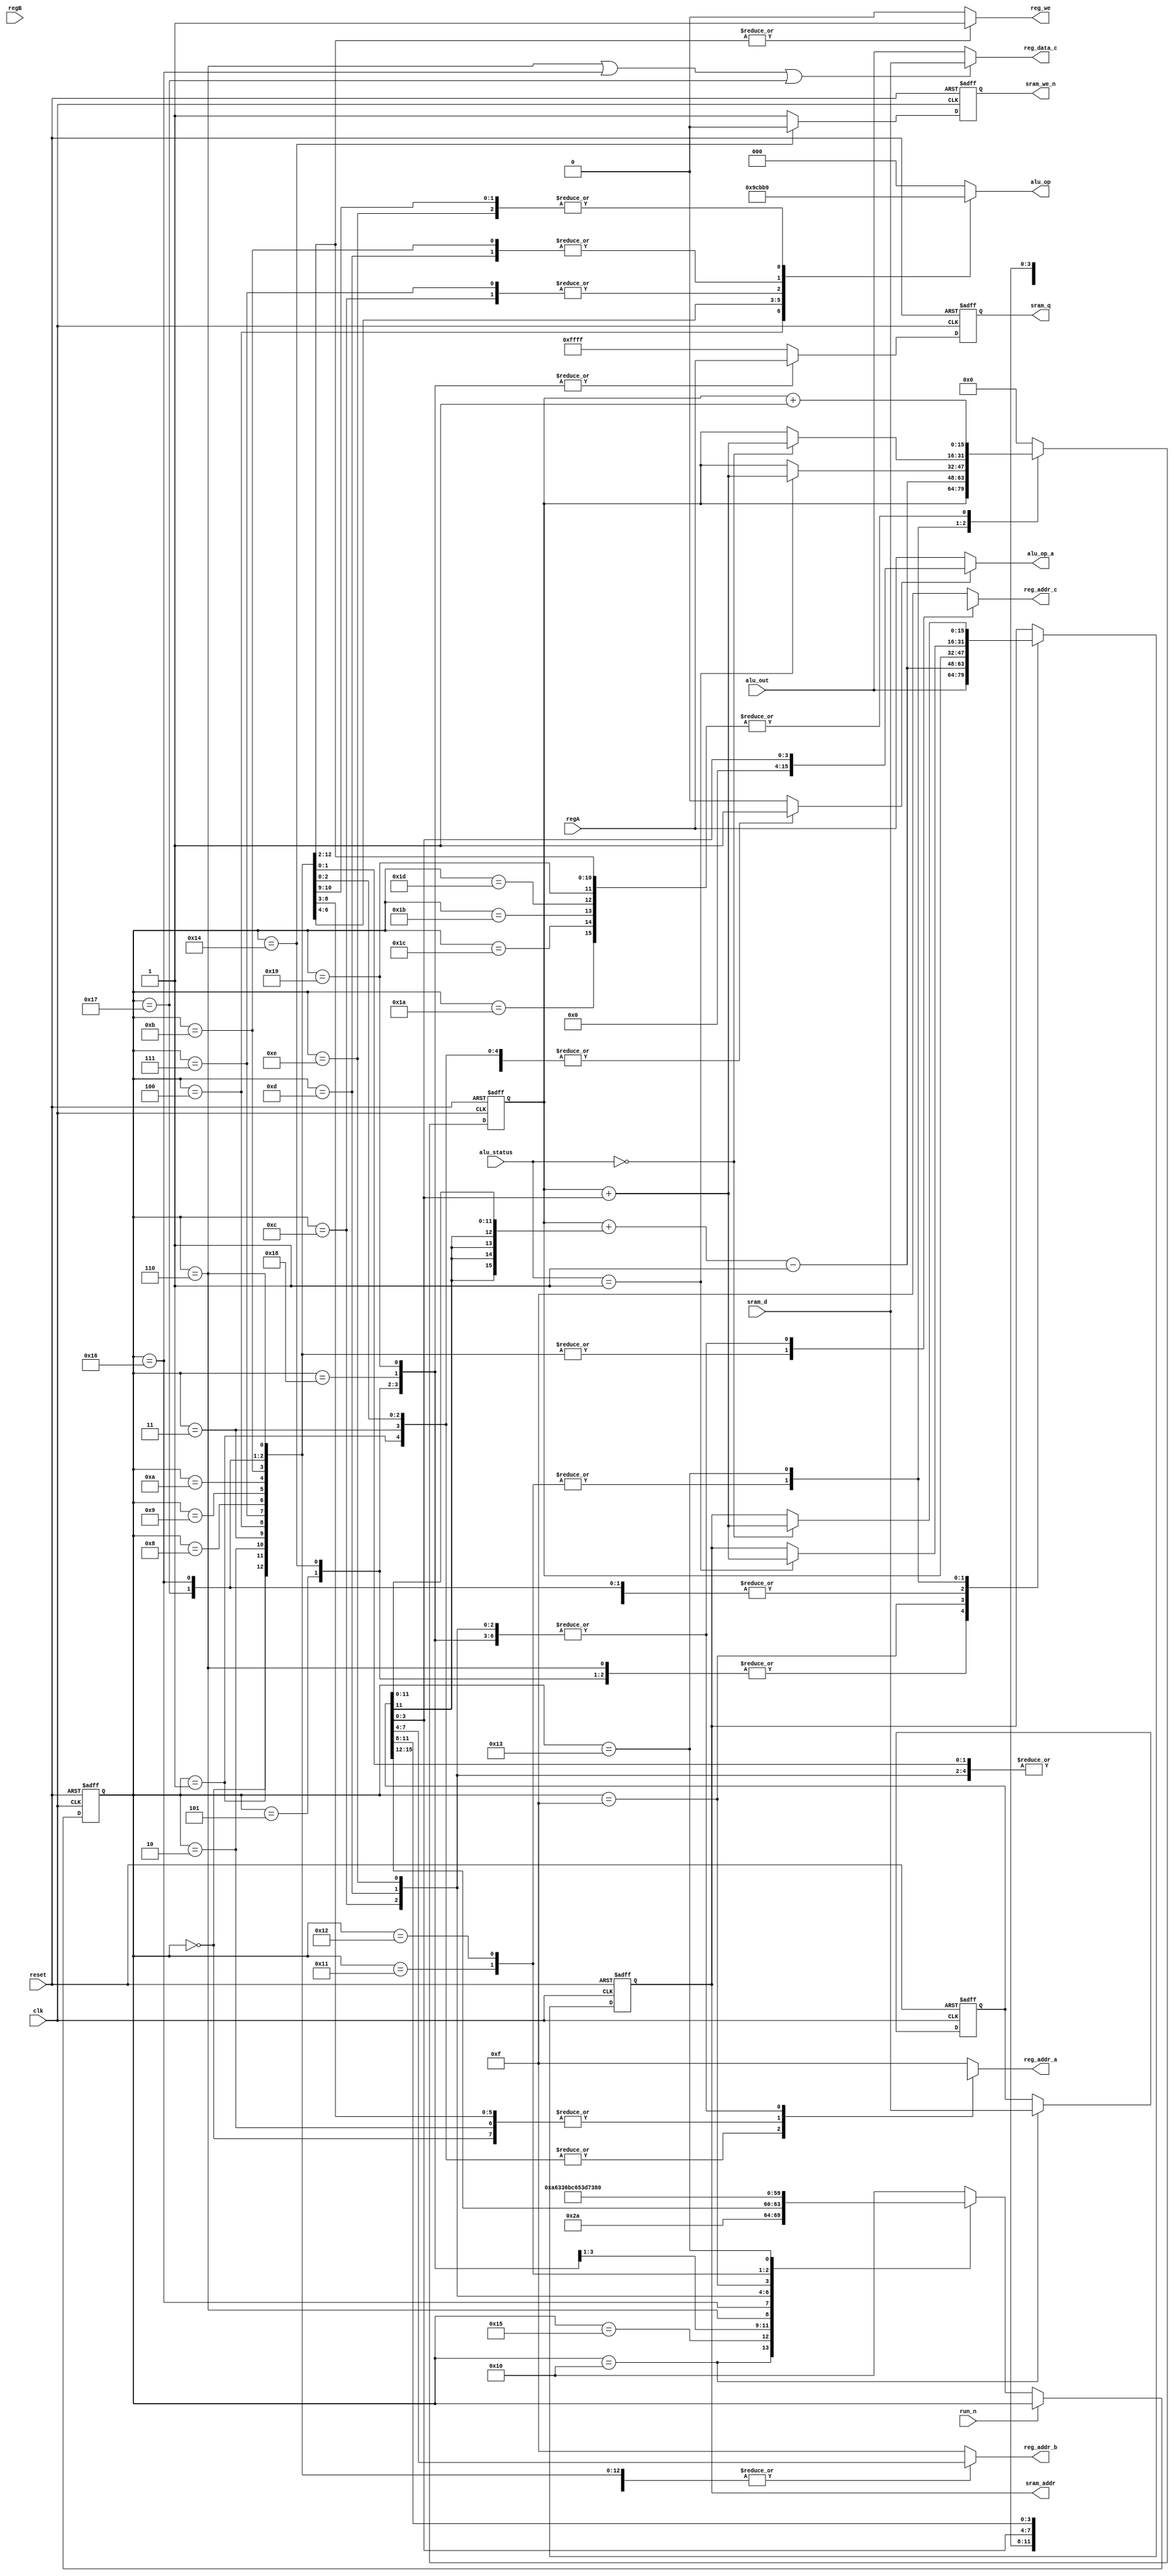
module control_fsm
(
  input	clk, reset,  run_n,
  input [15:0] sram_d, regA, regB, alu_status, alu_out,
  
  output reg sram_we_n, reg_we,
  output reg [2:0] alu_op,
  output reg [3:0] reg_addr_a, reg_addr_b, reg_addr_c,
  output [15:0] alu_op_a, reg_data_c,
  output reg [15:0] sram_addr, sram_q
  
 );
  
  // Define bit widths
  `define alu_op_size 3

//===========================================================================
// Parameter Declarations
//===========================================================================
// Declare states
parameter ADD = 5'd0;
parameter ADDI = 5'd1; 
parameter SUB = 5'd2; 
parameter SUBI = 5'd3; 
parameter MULT = 5'd4; 
parameter SW = 5'd5; 
parameter LW = 5'd6; 
parameter LT = 5'd7; 
parameter NAND = 4'd8; 
parameter DIV = 5'd9; 
parameter MOD = 5'd10; 
parameter LTE = 5'd11; 
parameter BLT = 5'd12; 
parameter BLE = 5'd13; 
parameter BEQ = 5'd14; 
parameter JUMP = 5'd15; 
parameter FETCH = 5'd16; 
parameter BLT2 = 5'd17;
parameter BLE2 = 5'd18; 
parameter BEQ2 = 5'd19; 
parameter SW2 = 5'd20;
parameter DECODE = 5'd21; 
parameter LW2 = 5'd22; 
parameter LW3 = 5'd23; 
parameter SW3 = 5'd24; 
parameter SW4 = 5'd25; 
parameter JUMP2 = 5'd26;
parameter BLE3 = 5'd27;	
parameter BLT3 = 5'd28;
parameter BEQ3 = 5'd29; 



  reg im_en;
  reg	[4:0] state;
  reg [15:0] instruction,pc, regC;

  wire ram_to_reg;
  wire [3:0] op_code, op1, op2, op3, im;
  wire [11:0] jump;
  //wire [15:0] alu_op_a;
  
  // assign the different fields of the instruction
  assign op_code = instruction[15:12];
  assign op1 = instruction[3:0];
  assign op2 = instruction[7:4];
  assign op3 = instruction[11:8];
  assign im = instruction[3:0];
  assign jump = instruction[11:0];

  assign alu_op_a = im_en ? {12'd0, im} : regA;
  assign ram_to_reg = (state == LW) | (state == LW2) | (state == LW3);
  assign reg_data_c = ram_to_reg ? sram_d : alu_out;
  
  // Determine the next state synchronously, based on the
	// current state and the input
	always @ (posedge clk or negedge reset) begin
		if (reset == 1'b0) begin
			state <= FETCH;
		end else if(!run_n)
			case (state)
        FETCH:
		      state <= DECODE;
  		  DECODE:
          state <= {1'b0, op_code};
  		  ADD:
			    state <= FETCH;	
  		  ADDI:
			    state <= FETCH;
  		  SUB:
			    state <= FETCH;	
  		  SUBI:
          state <= FETCH;					
        MULT:
          state <= FETCH;
        SW:
          state <= SW2;
        SW2:
		      state <= SW3;
  		  SW3:
		      state <= SW4;
		    SW4:
		      state <= FETCH;
        LW:
		      state <= LW2;
		    LW2:
		      state <= LW3;
		    LW3:
          state <= FETCH;
        LT:
          state <= FETCH;
        NAND:
          state <= FETCH;
        DIV:
          state <= FETCH;
        MOD:
          state <= FETCH;
        LTE:
          state <= FETCH;
        BLT:
          state <= BLT2;
        BLE:
          state <= BLE2;
        BEQ:
          state <= BEQ2;
        JUMP:
          state <= JUMP2;
		    JUMP2:
		      state <= FETCH;
        BLT2:
          state <= BLT3;
        BLT3:
          state <= FETCH;
        BLE2:
		      state <= BLE3;
		    BLE3:
          state <= FETCH;  
        BEQ2:
          state <= BEQ3;
        BEQ3:
          state <= FETCH;
        default:
          state <= FETCH;
			endcase
    end 
    
  // Determine the output based only on the current state
	// and the input (do not wait for a clock edge).
	always @ (posedge clk or negedge reset) begin
		if(reset == 1'b0) begin
			pc <= 16'h0000;
			instruction <= 16'hf000; // jump to 0
			sram_addr <= 16'h0000;
			sram_we_n <= 1'b1;
			sram_q <= 16'h0000;
	  end else begin
		case (state)
      FETCH: begin
        instruction <= sram_d;
        sram_addr <= pc;
        sram_we_n <= 1'b1;
		    pc <= pc;
		    sram_q <= 16'hffff;
		  end
		DECODE: begin
		  pc <= pc;
		  instruction <= instruction;
		  sram_we_n <= 1'b1;
		  sram_q <= 16'hffff;
		  sram_addr <= sram_addr;// infered latch
		end
		ADD: begin
      pc <= pc + 16'd1;
		  instruction <= instruction;
      sram_we_n <= 1'b1;
		  sram_q <= 16'hffff;
		  sram_addr <= sram_addr;// infered latch
		end
		ADDI: begin
      pc <= pc + 16'd1;
		  instruction <= instruction;
       sram_we_n <= 1'b1;
		  sram_q <= 16'hffff;
		  sram_addr <= sram_addr;// infered latch
		end
		SUB: begin
      pc <= pc + 16'd1;
		  instruction <= instruction;
      sram_we_n <= 1'b1;
		  sram_q <= 16'hffff;
		  sram_addr <= sram_addr;// infered latch
		end
		SUBI: begin
      pc <= pc + 16'd1;
		  instruction <= instruction;
      sram_we_n <= 1'b1;
		  sram_q <= 16'hffff;
		  sram_addr <= sram_addr;// infered latch
		end
    MULT: begin
      pc <= pc + 16'd1;
		  instruction <= instruction;
      sram_we_n <= 1'b1;
		  sram_q <= 16'hffff;
		  sram_addr <= sram_addr;// infered latch
		  end
    SW: begin
      sram_we_n <= 1'b1;// should work
      sram_q <= regA;// port A
		  sram_addr <= alu_out;
      pc <= pc;
		  instruction <= instruction;
		end
		SW2: begin
      sram_we_n <= 1'b0;
      sram_q <= regA;// port A
		  sram_addr <= alu_out;
      pc <= pc;
		  instruction <= instruction;
		end
		SW3: begin
      sram_we_n <= 1'b1;
      sram_q <= regA;// port A
		  sram_addr <= pc;// for fetch cycle
      pc <= pc;
		  instruction <= instruction;
		  end
		SW4: begin
      sram_we_n <= 1'b1;
      sram_q <= regA;// port A
		  sram_addr <= pc;// for fetch cycle
      pc <= pc + 16'd1;
		  instruction <= instruction;
		end
    LW:begin
      sram_we_n <= 1'b1;
		  sram_addr <= alu_out;
      pc <= pc;
		  instruction <= instruction;
		  sram_q <= 16'hffff;
		end
		LW2:begin
      sram_we_n <= 1'b1;
		  sram_addr <= pc;
      pc <= pc;
		  instruction <= instruction;
		  sram_q <= 16'hffff;
		end
		LW3:begin
      sram_we_n <= 1'b1;
		  sram_addr <= pc;
      pc <= pc + 16'd1;
		  instruction <= instruction;
		  sram_q <= 16'hffff;
		end
    LT: begin
      pc <= pc + 16'd1;
		  instruction <= instruction;
      sram_we_n <= 1'b1;
		  sram_q <= 16'hffff;
		  sram_addr <= sram_addr;// infered latch
		end
    NAND: begin
      pc <= pc + 16'd1;
		  instruction <= instruction;
      sram_we_n <= 1'b1;
		  sram_q <= 16'hffff;
		  sram_addr <= sram_addr;// infered latch
		  end
    DIV: begin 
      pc <= pc + 16'd1;
		  instruction <= instruction;
      sram_we_n <= 1'b1;
		  sram_q <= 16'hffff;
		  sram_addr <= sram_addr;// infered latch
		end
    MOD: begin
      pc <= pc + 16'd1;
		  instruction <= instruction;
      sram_we_n <= 1'b1;
		  sram_q <= 16'hffff;
		  sram_addr <= sram_addr;// infered latch
		end
    LTE: begin
      pc <= pc + 16'd1;
		  instruction <= instruction;
      sram_we_n <= 1'b1;
		  sram_q <= 16'hffff;
		  sram_addr <= sram_addr;// infered latch
		end
    BLT: begin
		  pc <= pc;
		  instruction <= instruction;
      sram_we_n <= 1'b1;
		  sram_q <= 16'hffff;
		  sram_addr <= sram_addr;// infered latch
		end
    BLE: begin
		  pc <= pc;
		  instruction <= instruction;
      sram_we_n <= 1'b1;
		  sram_q <= 16'hffff;
		  sram_addr <= sram_addr;// infered latch
		end
    BEQ: begin
		  pc <= pc;
		  instruction <= instruction;
      sram_we_n <= 1'b1;
		  sram_q <= 16'hffff;
		  sram_addr <= sram_addr;// infered latch
		end
    JUMP: begin
		  // move back 1 because previous instruction adds 1 to pc
		  // extend MSB beacuse jump is signed
      pc <= pc + {jump[11],jump[11],jump[11],jump[11],jump} - 16'd1;
		  instruction <= instruction;
      sram_we_n <= 1'b1;
		  sram_q <= 16'hffff;
		  // shortcut to save a clock cycle, no need to wait for pc to update
		  sram_addr <= pc + {jump[11],jump[11],jump[11],jump[11],jump}  - 16'd1;// extend MSB beacuse jump is signed
		end
    JUMP2: begin
      pc <= pc + 16'd1; 
		  instruction <= instruction;
      sram_we_n <= 1'b1;
		  sram_q <= 16'hffff;
		  // pc should be updated now
		  sram_addr <= pc;
		end
    BLT2: begin
      if(alu_status == 16'd1) begin
        pc <= pc + {12'd0, im};
        sram_addr <= pc + {12'd0, im};
      end else begin 
        pc <= pc;
        sram_addr <= sram_addr;
		  end
		  instruction <= instruction;
      sram_we_n <= 1'b1;
		  sram_q <= 16'hffff;
		end
    BLT3: begin
      // made to look like BLE3
      pc <= pc + 16'd1;
      instruction <= instruction;
      sram_we_n <= 1'b1;
      sram_q <= 16'hffff;
      sram_addr <= sram_addr;
    end
    BLE2: begin
      if(alu_status == 16'd1) begin
        pc <= pc + {12'd0, im};
		    sram_addr <= pc + {12'd0, im};
      end else begin
        pc <= pc; // + 16'd1;
        sram_addr <= sram_addr;
		  end
		  instruction <= instruction;
      sram_we_n <= 1'b1;
		  sram_q <= 16'hffff;
		end
    BLE3: begin
      pc <= pc + 16'd1;
		  instruction <= instruction;
      sram_we_n <= 1'b1;
		  sram_q <= 16'hffff;
		  sram_addr <= sram_addr;
		end
    BEQ2: begin
      if(alu_status == 16'd0) begin
        pc <= pc + {12'd0, im};
        sram_addr <= pc + {12'd0, im};
      end else begin
        pc <= pc; // + 16'd1;
        sram_addr <= sram_addr; //pc + 16'd1;
   		end
		  instruction <= instruction;
      sram_we_n <= 1'b1;
	  	sram_q <= 16'hffff;
	  end
    BEQ3: begin
      // made to look like BLE3
      pc <= pc + 16'd1;
      instruction <= instruction;
      sram_we_n <= 1'b1;
      sram_q <= 16'hffff;
      sram_addr <= sram_addr;
    end
    default: begin
      pc <= 16'd0; // reset program
		  instruction <= instruction;
      sram_we_n <= 1'b1;
		  sram_q <= 16'hffff;
		  sram_addr <= sram_addr;// infered latch
		end
		endcase
  end
end

always@(*) begin
	case (state)
    FETCH: begin
		  reg_addr_a = 4'hf;
      reg_addr_b = 4'hf;
      reg_addr_c = 4'hf;
		  reg_we = 1'b0;
		  alu_op = `alu_op_size'h0;
      im_en = 1'b0;
    end
		DECODE: begin
		  reg_addr_a = 4'hf;
      reg_addr_b = 4'hf;
      reg_addr_c = 4'hf;
		  reg_we = 1'b0;
		  alu_op = `alu_op_size'h0;
      im_en = 1'b0;
		end
		ADD: begin
		  reg_addr_a = op1;
      reg_addr_b = op2;
      reg_addr_c = op3;
      reg_we = 1'b1;
		  alu_op = `alu_op_size'h0;
      im_en = 1'b0;
		end
		ADDI: begin
      reg_addr_a = 4'hx; // dont care
      reg_addr_b = op2;
      reg_addr_c = op3;
      reg_we = 1'b1;
		  alu_op = `alu_op_size'h0;
      im_en = 1'b1;
		end
		SUB: begin
		  reg_addr_a = op1;
      reg_addr_b = op2;
      reg_addr_c = op3;
      reg_we = 1'b1;
		  alu_op = `alu_op_size'h1;
      im_en = 1'b0;
		end
		SUBI: begin
		  reg_addr_a = 4'hx; // dont care
      reg_addr_b = op2;
      reg_addr_c = op3;
      reg_we = 1'b1;
		  alu_op = `alu_op_size'h1;
      im_en = 1'b1;
		end
    MULT: begin
		  reg_addr_a = op1;
      reg_addr_b = op2;
      reg_addr_c = op3;
      reg_we = 1'b1;
		  alu_op = `alu_op_size'h2;
      im_en = 1'b0;
		end
    SW: begin
		  reg_addr_a = op3; // output the data, will not go throguh alu because of immed field
      reg_addr_b = op2; // op2 is the pointer
      reg_addr_c = 4'hx; // dont care
      reg_we = 1'b0;
      alu_op = `alu_op_size'h0;
      im_en = 1'b1;
		end
		SW2: begin
		  reg_addr_a = op3; // output the data, will not go throguh alu because of immed field
      reg_addr_b = op2; // op2 is the pointer
      reg_addr_c = 4'hx; // dont care
      reg_we = 1'b0;
      alu_op = `alu_op_size'h0;
      im_en = 1'b1;
      reg_we = 1'b0;
		end
		SW3: begin
		  reg_addr_a = op3; // output the data, will not go throguh alu because of immed field
      reg_addr_b = op2; // op2 is the pointer
      reg_addr_c = 4'hx; // dont care
      reg_we = 1'b0;
      alu_op = `alu_op_size'h0;
      im_en = 1'b1;
      reg_we = 1'b0;
		end
		SW4: begin
		  reg_addr_a = op3; // output the data, will not go throguh alu because of immed field
      reg_addr_b = op2; // op2 is the pointer
      reg_addr_c = 4'hx; // dont care
      reg_we = 1'b0;
      alu_op = `alu_op_size'h0;
      im_en = 1'b1;
      reg_we = 1'b0;
		end
    LW:begin
		  reg_addr_a = 4'hx; // dont care, the immed field is used
      reg_addr_b = op2; // op2 is the pointer
      reg_addr_c = op3; // op3 is the register addr to load into
      alu_op = `alu_op_size'h0;
      im_en = 1'b1;
		  reg_we = 1'b0;
		end
		LW2:begin
		  reg_addr_a = 4'hx; // dont care, the immed field is used
      reg_addr_b = op2; // op2 is the pointer
      reg_addr_c = op3; // op3 is the register addr to load into
      alu_op = `alu_op_size'h0;
      im_en = 1'b1;
      reg_we = 1'b0;
		end
		LW3:begin
		  reg_addr_a = 4'hx; // dont care, the immed field is used
      reg_addr_b = op2; // op2 is the pointer
      reg_addr_c = op3; // op3 is the register addr to load into
      reg_we = 1'b1;
      alu_op = `alu_op_size'h0;
      im_en = 1'b1;
		end
    LT: begin
		  reg_addr_a = op1;
      reg_addr_b = op2;
      reg_addr_c = op3;
      reg_we = 1'b1;
      alu_op = `alu_op_size'h6;
      im_en = 1'b0;
		end
    NAND: begin
		  reg_addr_a = op1;
      reg_addr_b = op2;
      reg_addr_c = op3;
      reg_we = 1'b1;
      alu_op = `alu_op_size'h3;
      im_en = 1'b0;
	  end
    DIV: begin 
		  reg_addr_a = op1;
      reg_addr_b = op2;
      reg_addr_c = op3;
      reg_we = 1'b1;
      alu_op = `alu_op_size'h4;
      im_en = 1'b0;
	  end
    MOD: begin
		  reg_addr_a = op1;
      reg_addr_b = op2;
      reg_addr_c = op3;
      reg_we = 1'b1;
      alu_op = `alu_op_size'h5;
      im_en = 1'b0;
		end
    LTE: begin
		  reg_addr_a = op1;
      reg_addr_b = op2;
      reg_addr_c = op3;
      reg_we = 1'b1;
      alu_op = `alu_op_size'h7;
      im_en = 1'b0;
		end
    BLT: begin
		  reg_addr_a = op3;
      reg_addr_b = op2;
      reg_addr_c = 4'hx;
      reg_we = 1'b0;
      alu_op = `alu_op_size'h6;
      im_en = 1'b0;
		end
    BLE: begin
		  reg_addr_a = op3;
      reg_addr_b = op2;
      reg_addr_c = 4'hx;
      reg_we = 1'b0;
      alu_op = `alu_op_size'h7;
      im_en = 1'b0;
    end
    BEQ: begin
		  reg_addr_a = op3;
      reg_addr_b = op2;
      reg_addr_c = 4'hx;
      reg_we = 1'b0;
      alu_op = `alu_op_size'h1;
      im_en = 1'b0;
		end
    JUMP: begin
		  reg_addr_a = 4'hf;
      reg_addr_b = 4'hf;
      reg_addr_c = 4'hf;
      reg_we = 1'b0;
		  alu_op = `alu_op_size'h0;
		  im_en = 1'b0;
		end
    JUMP2: begin
		  reg_addr_a = 4'hf;
      reg_addr_b = 4'hf;
      reg_addr_c = 4'hf;
      reg_we = 1'b0;
		  alu_op = `alu_op_size'h0;
		  im_en = 1'b0;
		  end
    BLT2: begin
		  reg_addr_a = 4'hf;
      reg_addr_b = 4'hf;
      reg_addr_c = 4'hf;
      reg_we = 1'b0;
		  alu_op = `alu_op_size'h0;
		  im_en = 1'b0;
		end
    BLE2: begin
		  reg_addr_a = 4'hf;
      reg_addr_b = 4'hf;
      reg_addr_c = 4'hf;
      reg_we = 1'b0;
		  alu_op = `alu_op_size'h0;
		  im_en = 1'b0;
		end
    BEQ2: begin
		  reg_addr_a = 4'hf;
      reg_addr_b = 4'hf;
      reg_addr_c = 4'hf;
      reg_we = 1'b0;
		  alu_op = `alu_op_size'h0;
		  im_en = 1'b0;
		end
    BLT3: begin
		  reg_addr_a = 4'hf;
      reg_addr_b = 4'hf;
      reg_addr_c = 4'hf;
		  reg_we = 1'b0;
		  alu_op = `alu_op_size'h0;
		  im_en = 1'b0;
		end
    BLE3: begin
		  reg_addr_a = 4'hf;
      reg_addr_b = 4'hf;
      reg_addr_c = 4'hf;
		  reg_we = 1'b0;
		  alu_op = `alu_op_size'h0;
		  im_en = 1'b0;
		end
    BEQ3: begin
		  reg_addr_a = 4'hf;
      reg_addr_b = 4'hf;
      reg_addr_c = 4'hf;
		  reg_we = 1'b0;
		  alu_op = `alu_op_size'h0;
		  im_en = 1'b0;
		end

    default: begin
		  reg_addr_a = 4'hf;
      reg_addr_b = 4'hf;
      reg_addr_c = 4'hf;
		  reg_we = 1'b0;
		  alu_op = `alu_op_size'h0;
		  im_en = 1'b0;
		end
		endcase
end


endmodule